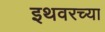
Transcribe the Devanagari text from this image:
इथवरच्या